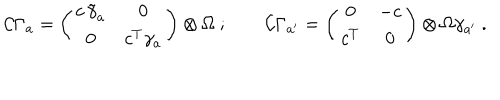
{ \cal C } \Gamma _ { a } = \left( \begin{matrix} { { c \, \tilde { \gamma } _ { a } } } & { { 0 } } \\ { { 0 } } & { { c ^ { T } \gamma _ { a } } } \\ \end{matrix} \right) \otimes \Omega \ ; \qquad { \cal C } \Gamma _ { a ^ { \prime } } = \left( \begin{matrix} { { 0 } } & { { - c } } \\ { { c ^ { T } } } & { { 0 } } \\ \end{matrix} \right) \otimes \Omega \gamma _ { a ^ { \prime } } \ .